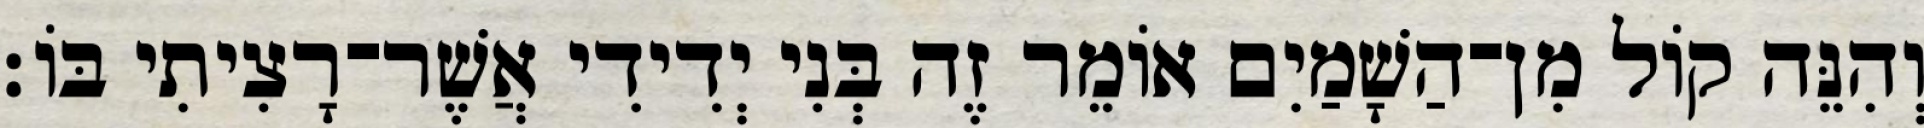
וְהִנֵּה קוֹל מִן־הַשָׁמַיִם אוֹמֵר זֶה בְּנִי יְדִידִי אֲשֶׁר־רָצִיתִי בּוֹ׃